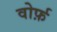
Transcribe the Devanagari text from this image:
वोर्फ़